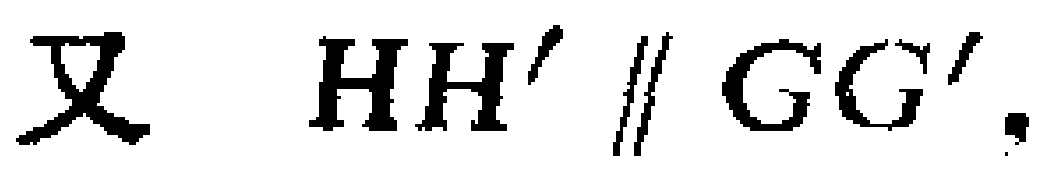
又 \(HH'\parallel GG'\).